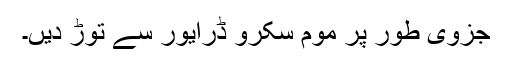
جزوی طور پر موم سکرو ڈرایور سے توڑ دیں۔